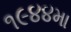
૧૯૪૪મા